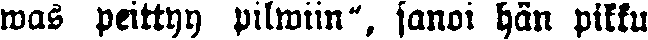
was peittyy pilwiin", sanoi hän pikku